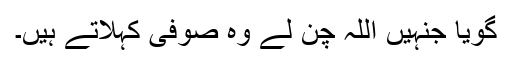
گویا جنہیں اللہ چُن لے وہ صوفی کہلاتے ہیں۔